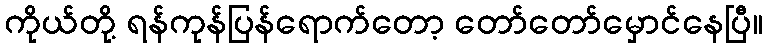
ကိုယ်တို့ ရန်ကုန်ပြန်ရောက်တော့ တော်တော်မှောင်နေပြီ။